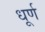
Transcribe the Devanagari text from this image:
धूर्ण